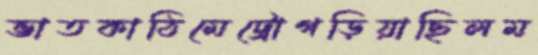
ভাতকাঠিমেট্রোগড়িয়াছিলম